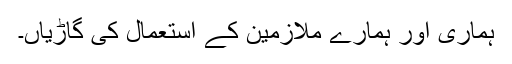
ہماری اور ہمارے ملازمین کے استعمال کی گاڑیاں۔